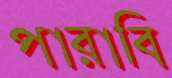
পারাবি